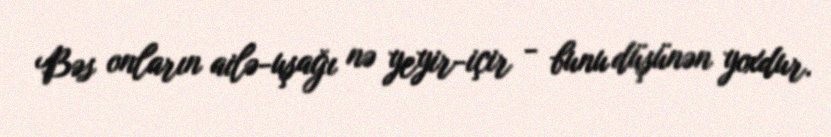
Bəs onların ailə-uşağı nə yeyir-içir - bunu düşünən yoxdur.